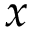
x